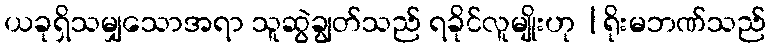
ယခုရှိသမျှသောအရာ သူဆွဲချွတ်သည် ရခိုင်လူမျိုးဟု |ရိုးမဘဏ်သည်